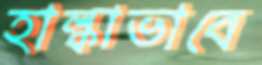
হাল্কাভাবে